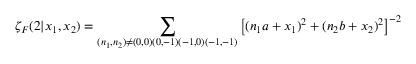
\zeta _ { F } ( 2 | x _ { 1 } , x _ { 2 } ) = \sum _ { ( n _ { 1 } , n _ { 2 } ) \neq ( 0 , 0 ) ( 0 , - 1 ) ( - 1 , 0 ) ( - 1 , - 1 ) } \left[ ( n _ { 1 } a + x _ { 1 } ) ^ { 2 } + ( n _ { 2 } b + x _ { 2 } ) ^ { 2 } \right] ^ { - 2 }